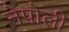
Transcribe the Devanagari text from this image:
नेपोली